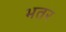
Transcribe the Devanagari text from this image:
भतर